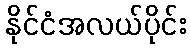
နိုင်ငံအလယ်ပိုင်း